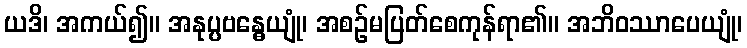
ယဒိ၊ အကယ်၍။ အနုပ္ပဗန္ဓေယျုံ၊ အစဉ်မပြတ်စေကုန်ရာ၏။ အဘိဝဿာပေယျုံ၊